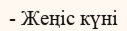
- Жеңіс күні